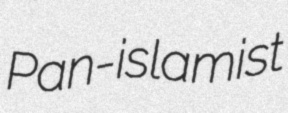
Pan-islamist